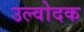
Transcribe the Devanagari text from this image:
उल्वोदक